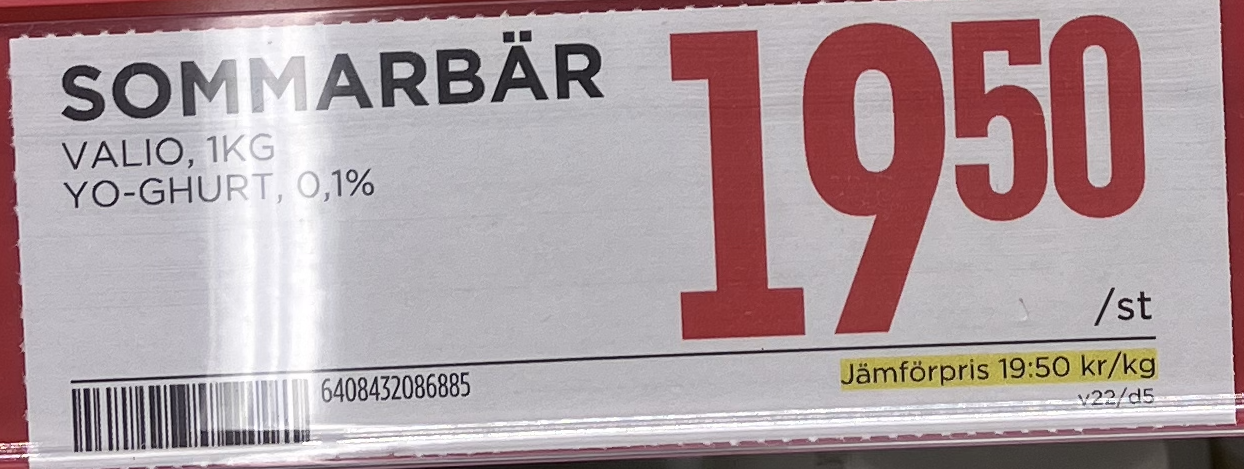
Vara: Sommarbär
Genomsnittspris: 19.5 per kg